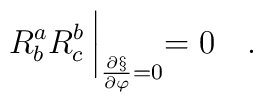
R^a_bR^b_c\:\biggl |_{\frac{\partial\S}{\partial\varphi}=0}=0\quad .